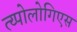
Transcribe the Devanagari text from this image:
त्य्पोलोगिएस